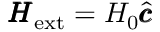
\pmb { H } _ { \mathrm { e x t } } = H _ { 0 } \hat { \pmb { c } }